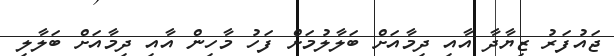
ޖައުފަރު ޒިޔާދާ އާއި ދިމާއަށް ބަލާލުމަށް ފަހު މާހިން އާއި ދިމާއަށް ބަލާލި